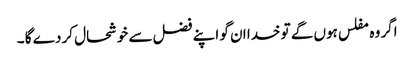
اگر وہ مفلس ہوں گے تو خدا ان گو اپنے فضل سے خوشحال کر دے گا ۔